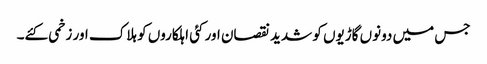
جس میں دونوں گاڑیوں کو شدید نقصان اور کئی اہلکاروں کو ہلاک اور زخمی کئے۔